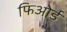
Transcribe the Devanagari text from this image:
फिओर्ड